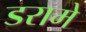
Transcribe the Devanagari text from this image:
डरामे